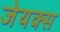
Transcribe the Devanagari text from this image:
जेयक्स